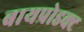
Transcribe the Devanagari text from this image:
बायप्रोडक्ट